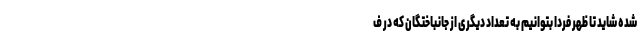
شده شاید تا ظهر فردا بتوانیم به تعداد دیگری از جانباختگان که در ف